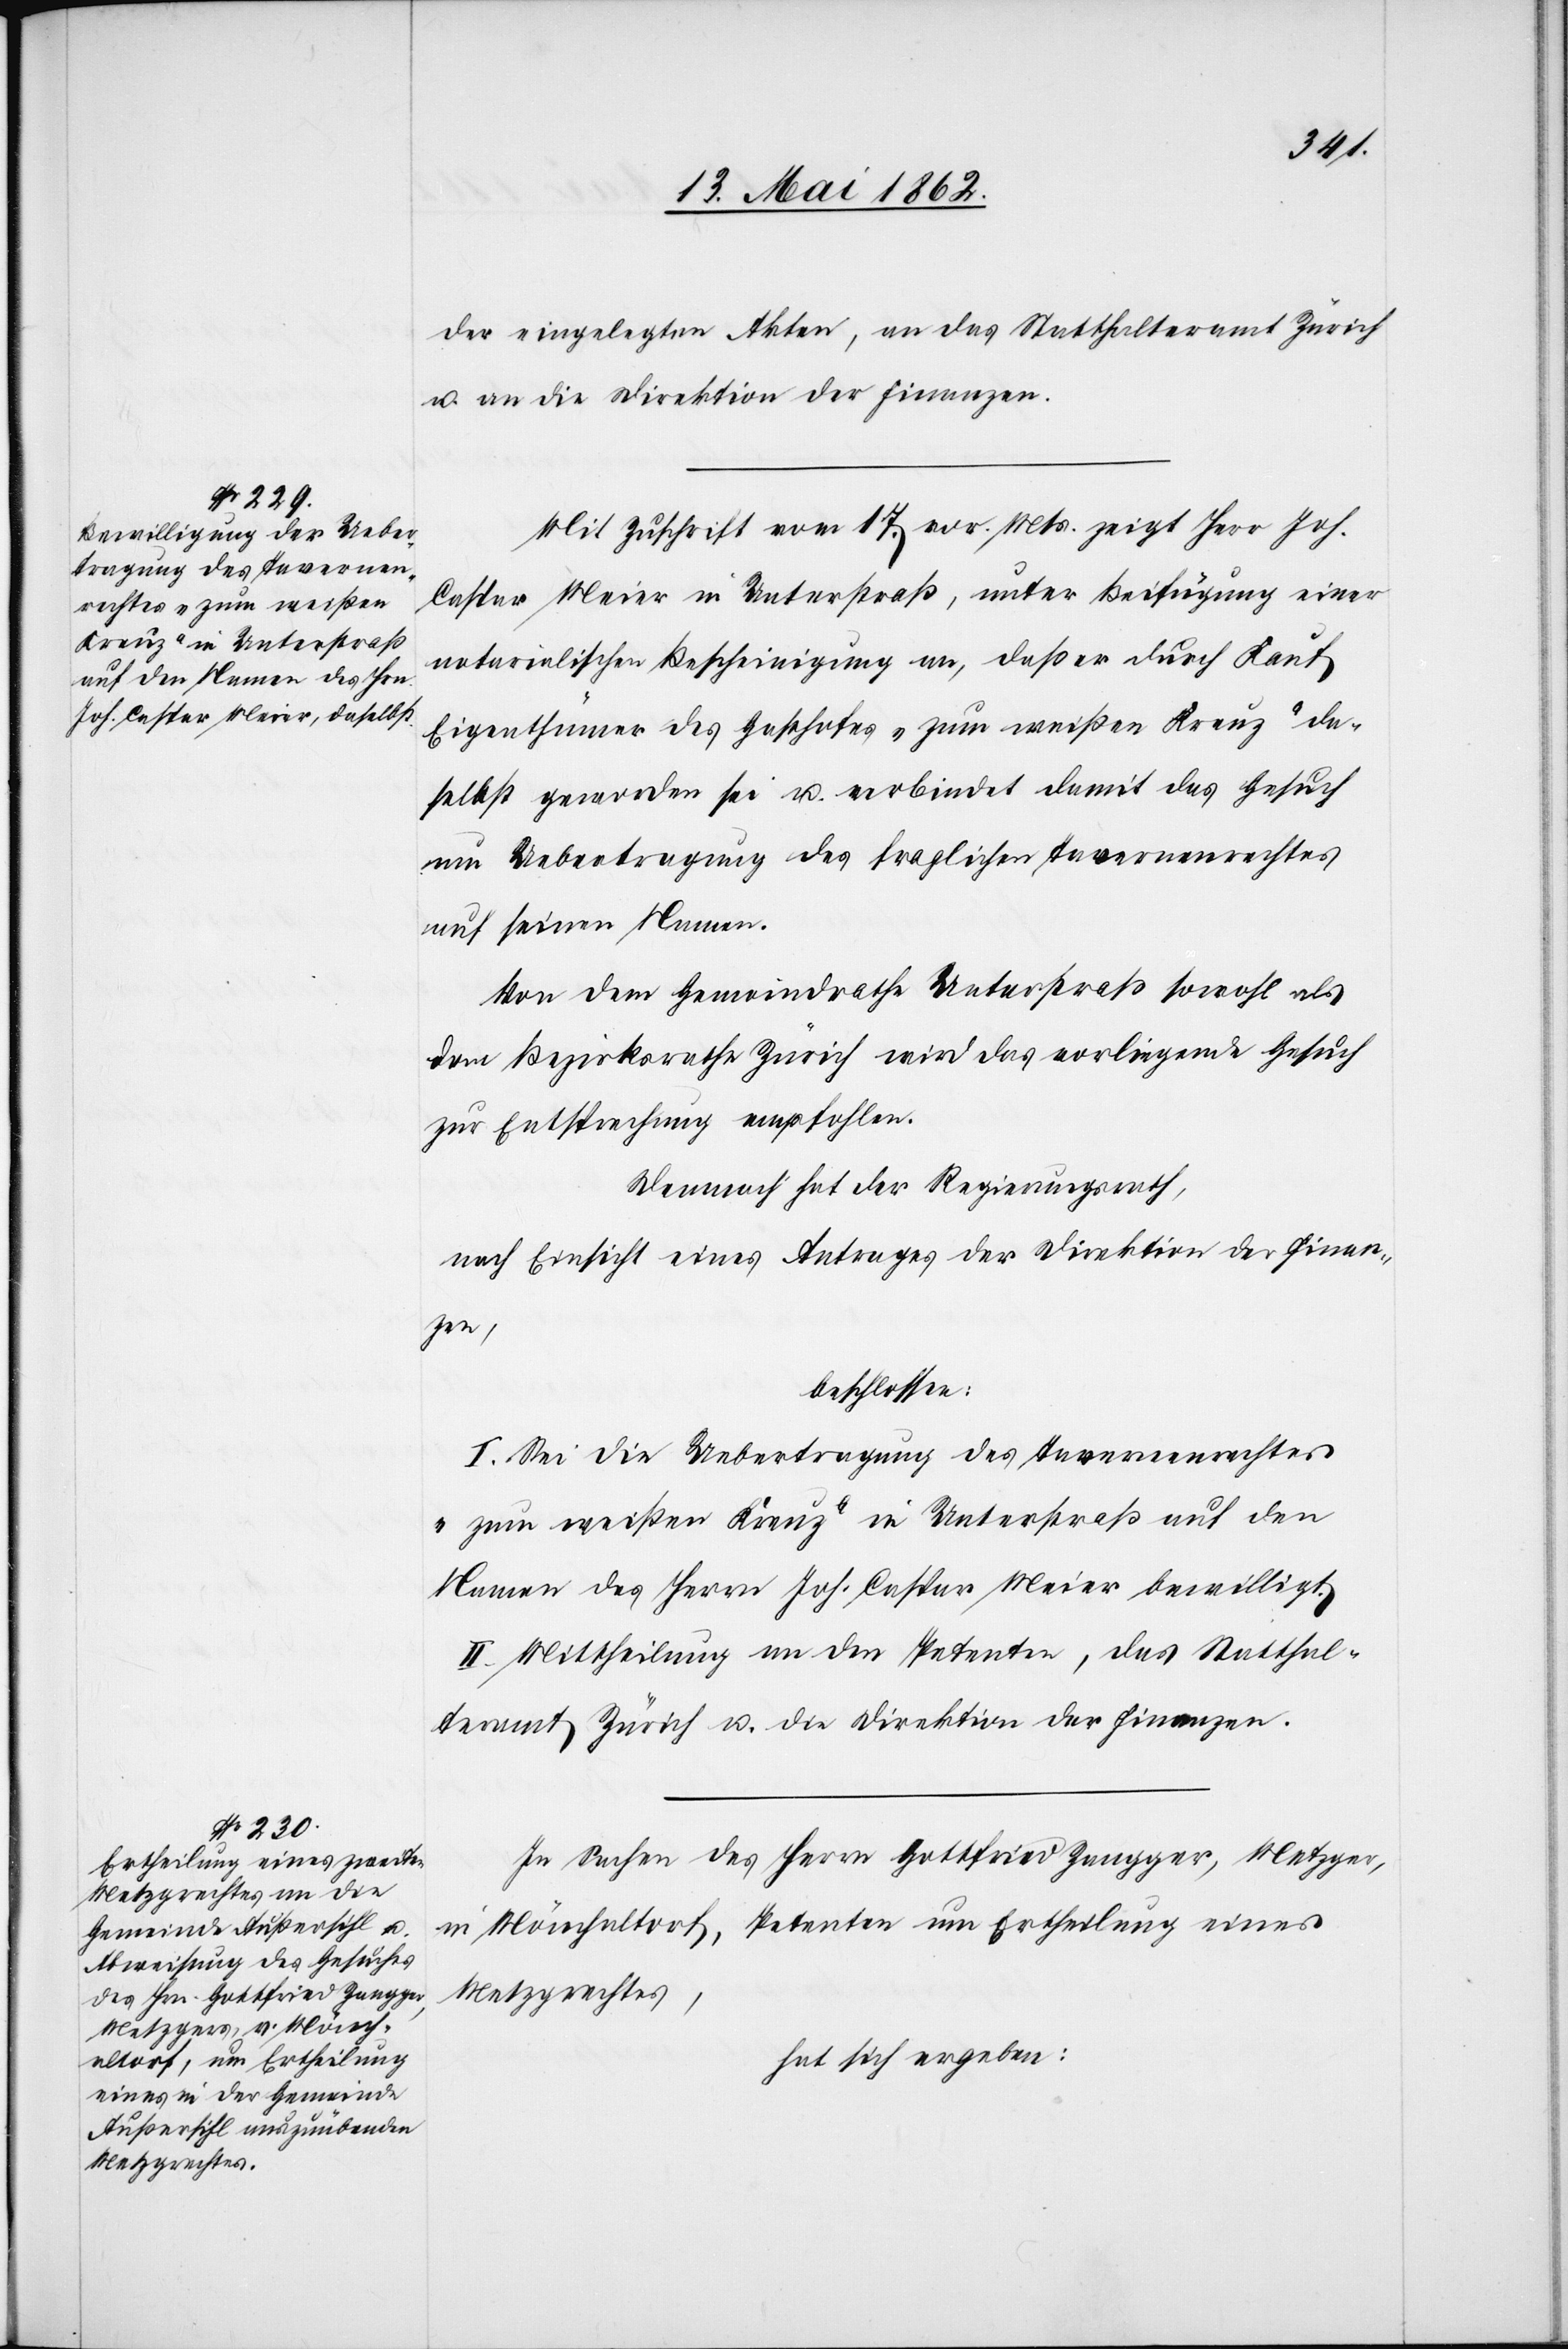
der eingelegten Akten, an das Statthalteramt Zürich
u. an die Direktion der Finanzen.
Mit Zuschrift vom 17. vor. Mts. zeigt Herr Joh.
Caspar Meier in Unterstraß, unter Beifügung einer
notarialischen Bescheinigung an, daß er durch Kauf
Eigenthümer des Gasthofes „zum weißen Kreuz“ da¬
selbst geworden sei u. verbindet damit das Gesuch
um Uebertragung des fraglichen Tavernenrechtes
auf seinen Namen.
Von dem Gemeindrathe Unterstraß sowohl als
dem Bezirksrathe Zürich wird das vorliegende Gesuch
zur Entsprechung empfohlen.
Demnach hat der Regierungsrath,
nach Einsicht eines Antrages der Direktion der Finan¬
zen,
beschlossen:
I. Sei die Uebertragung des Tavernenrechtes
„zum weißen Kreuz“ in Unterstraß auf den
Namen des Herrn Joh. Caspar Meier bewilligt.
II. Mittheilung an den Petenten, das Statthal¬
teramt Zürich u. die Direktion der Finanzen.
In Sachen des Herrn Gottfried Zangger, Metzger,
in Mönchaltorf, Petenten um Ertheilung eines
Metzgrechtes,
hat sich ergeben: